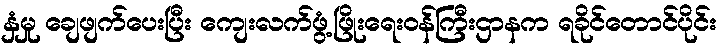
နှံမှု ချေဖျက်ပေးပြီး ကျေးလက်ဖွံ့ဖြိုးရေးဝန်ကြီးဌာနက ရခိုင်တောင်ပိုင်း